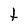
Character: t